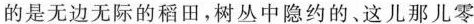
的是无边无际的稻田，树丛中隐约的、这儿那儿零